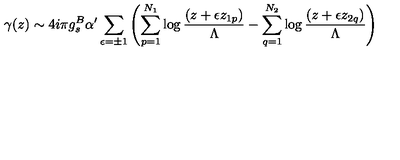
\gamma ( z ) \sim 4 i \pi g _ { s } ^ { B } \alpha ^ { \prime } \sum _ { \epsilon = \pm 1 } \left( \sum _ { p = 1 } ^ { N _ { 1 } } \log \frac { ( z + \epsilon z _ { 1 p } ) } { \Lambda } - \sum _ { q = 1 } ^ { N _ { 2 } } \log \frac { ( z + \epsilon z _ { 2 q } ) } { \Lambda } \right)